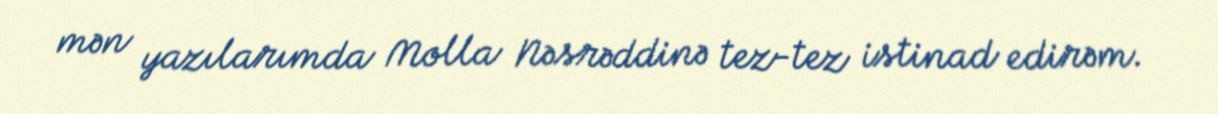
mən yazılarımda Molla Nəsrəddinə tez-tez istinad edirəm.